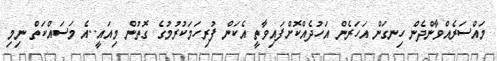
މައްސަރެއްވާންދެން ހިނގަން އަހަރެން އަހުދެއްކޮށްފައިވާތީ އެކަން ފުރިހަމަކުރުމުގެ ގޮތުން މިއައީ..އެ މަސައްކަތް ނިމި